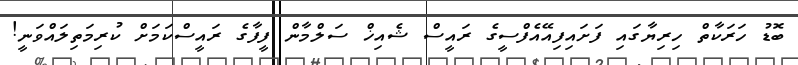
ބޮޑު ހަރަކާތް ހިރިޔާގައި ފަށައިފިއޭއެފްސީގެ ރައީސް ޝެއިޚް ސަލްމާން ފީފާގެ ރައީސްކަމަށް ކުރިމަތިލައްވަނީ!